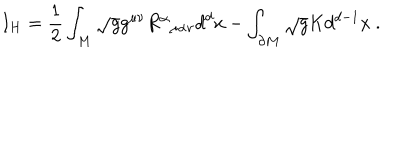
I _ { H } = \frac { 1 } { 2 } \int _ { M } \sqrt { g } g ^ { \mu \nu } R _ { \; \; \mu \alpha \nu } ^ { \alpha } d ^ { d } x - \int _ { \partial M } \sqrt { g } K d ^ { d - 1 } x \ .